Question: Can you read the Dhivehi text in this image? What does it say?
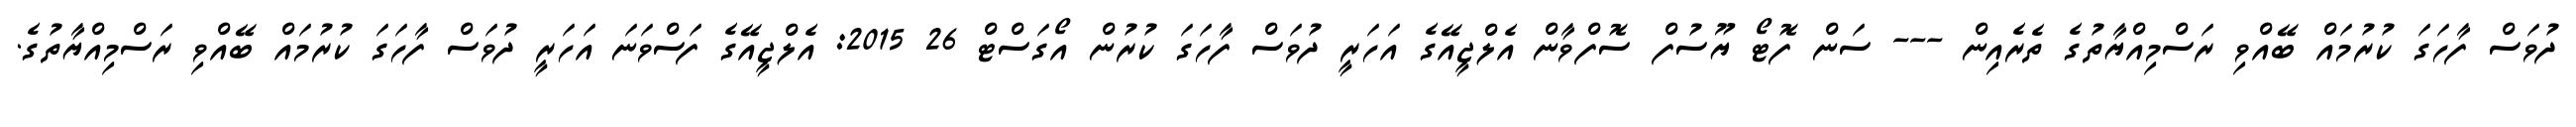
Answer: ދުވަސް ފާހަގަ ކުރުމައް ބޭއްވި ރަސްމިއްޔާތުގެ ތެރެއިން --- ސަން ފޮޓޯ ޔޫސުފް ސޮފްވާން އެލްޖީއޭގެ އަހަރީ ދުވަސް ފާހަގަ ކުރުން އޯގަސްޓް 26 2015: އެލްޖީއޭގެ ފަސްވަނަ އަހަރީ ދުވަސް ފާހަގަ ކުރުމައް ބޭއްވި ރަސްމިއްޔާތުގެ.